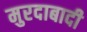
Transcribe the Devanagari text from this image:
मुरदाबादी